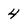
Character: 4